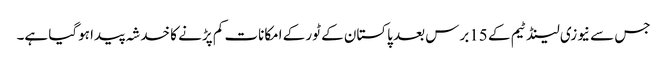
جس سے نیوزی لینڈ ٹیم کے 15برس بعد پاکستان کے ٹور کے امکانات کم پڑنے کا خدشہ پیدا ہوگیا ہے۔